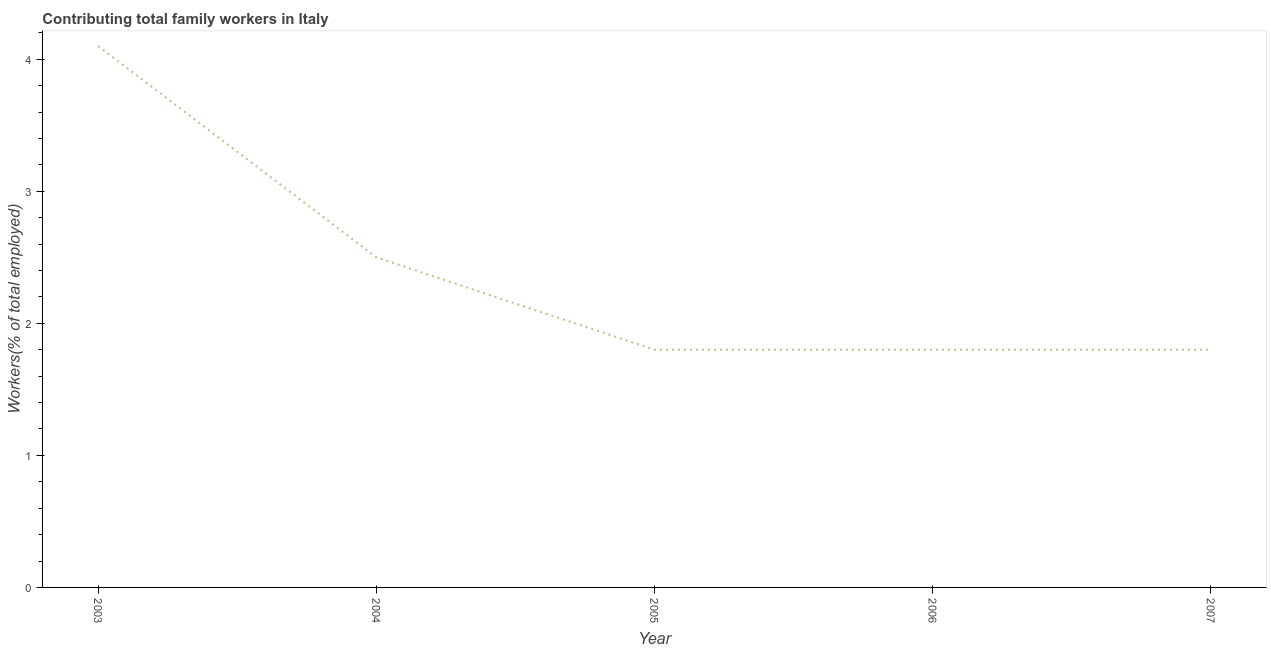
| Year | Contributing family workers |
 | --- | --- |
 | 2003 | 4.1 |
 | 2004 | 2.5 |
 | 2005 | 1.8 |
 | 2006 | 1.8 |
 | 2007 | 1.8 |